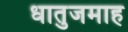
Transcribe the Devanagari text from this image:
धातुजमाह